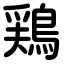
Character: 鶏